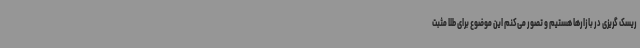
ریسک گریزی در بازارها هستیم و تصور می‌کنم این موضوع برای طلا مثبت